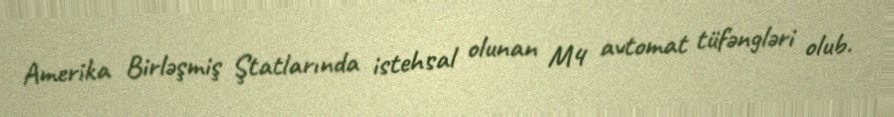
Amerika Birləşmiş Ştatlarında istehsal olunan M4 avtomat tüfəngləri olub.